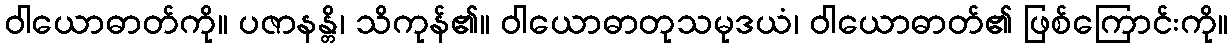
ဝါယောဓာတ်ကို။ ပဇာနန္တိ၊ သိကုန်၏။ ဝါယောဓာတုသမုဒယံ၊ ဝါယောဓာတ်၏ ဖြစ်ကြောင်းကို။